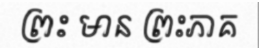
ព្រះ មាន ព្រះភាគ